Civil Veterinary Department Bihar reports 1940-50 - 1940-1950
Year: 1940
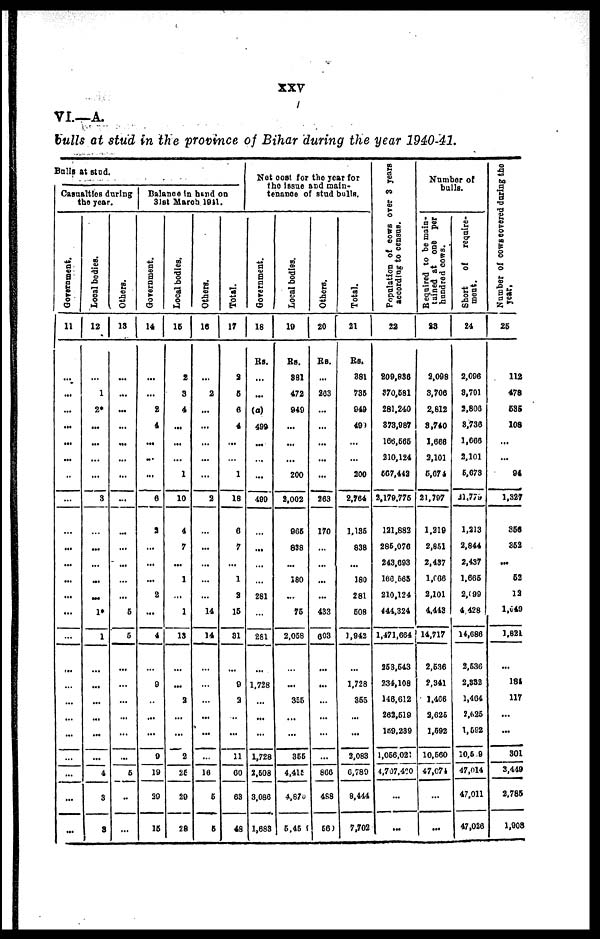
XXV
VI.—A.
bulls at stud in the province of Bihar during the year 1940-41.
Bulls at stud.
Casualties during
the year.
Government.
11
...
...
...
...
...
...
...
...
...
...
...
...
...
...
...
...
...
...
...
...
...
...
...
...
Local bodies.
12
...
1
20
...
...
...
...
3
...
...
...
...
...
10
1
...
...
...
...
...
...
4
3
3
Others.
13
...
...
...
...
...
...
...
...
...
...
...
...
...
6
6
...
...
...
...
...
...
6
..
...
Balance in hand on
31st March 1911.
Government.
14
...
...
2
4
...
...
...
6
3
...
...
...
2
...
4
...
9
...
...
...
0
19
30
15
Local bodies.
15
2
3
4
...
...
...
1
10
4
7
...
1
...
1
13
...
...
2
...
...
2
25
29
28
Others.
16
...
2
...
...
...
...
...
2
...
...
...
...
...
14
14
...
...
...
...
...
...
16
6
5
Total.
17
2
6
6
4
...
...
1
18
6
7
...
1
a
15
31
...
9
3
...
...
11
60
03
49
Not cost for the year (or
the Issue and main-
tenance of stud bulls.
Government.
18
Rs.
...
...
(a)
499
...
...
...
490
...
...
...
...
281
...
281
...
1,728
...
...
...
1,728
2,503
3,086
1,683
Local bodies.
19
Rs.
881
472
940
...
...
...
200
2,002
965
838
...
180
...
75
2,058
...
...
355
...
...
355
4,415
4,670
5,45
Others.
20
Rs.
...
203
...
...
...
...
...
263
170
...
...
...
...
433
603
...
...
...
...
...
...
860
488
56
Total.
21
Rs.
381
735
949
49
...
...
200
2,764
1,135
838
...
180
281
508
1,942
...
1,728
365
...
...
2,083
6,789
8,444
7,702
Population of cows oyer 3 years
according to census.
22
209,836
370,581
281,240
873,987
106,665
210,124
567,442
2,179.775
121,883
285,070
243,003
160.663
210,124
444,324
1,471,664
363,643
234,108
140,612
262,519
159.239
1,056,02:
4,707,420
...
...
Number of
bulls.
Required to be main--
tained at one per
hundred cons.
23
2,098
3,706
2,812
8,740
1,666
2,101
5,678
21,707
1,219
2,851
2,437
1,066
2,101
4,413
14,717
2,536
2,341
1,466
2,626
1,592
10,560
47,078
...
...
Short
of
require-
ment.
24
2,098
8,701
2,806
8,736
1,006
2,101
5,079
31.779
1,213
2,844
2,437
1,665
2,099
4 428
14,686
2,536
2,332
1,404
2,(»25
1,582
10,5 9
47,014
47,011
47,026
Number of cows covered during the
year,
25
112
478
635
108
...
...
94
1,327
350
352
...
62
12
1,049
1,821
...
184
117
...
...
301
3,419
2,785
1,908